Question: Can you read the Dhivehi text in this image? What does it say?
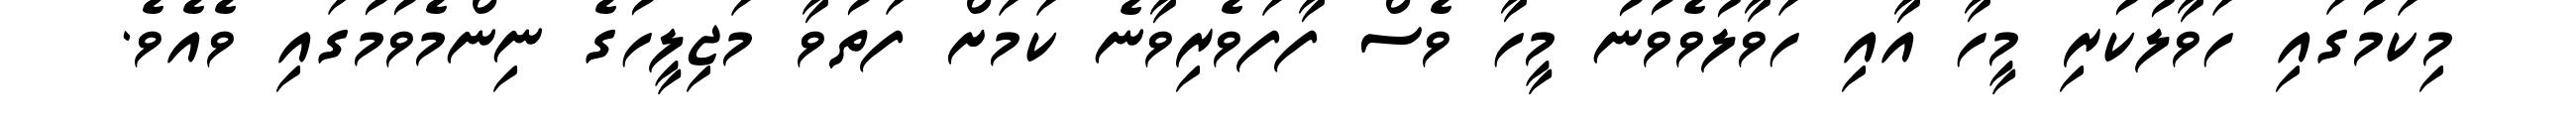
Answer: މިކަމުގައި ހަވާލުކުރި މީހާ އާއި ހަވާލުވެވުނު މީހާ ވެސް ފާފަވެރިވާނެ ކަމަށް ފަތުވާ މަޖިލީހުގެ ނިންމެވުމުގައި ވެއެވެ.